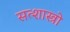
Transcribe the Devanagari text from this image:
सत्शास्त्रो